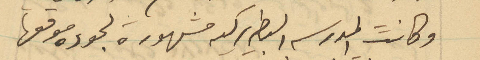
وكانت المدرسة البطريركية مشهورة لجوده موقعها